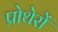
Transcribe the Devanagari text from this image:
प्रोथेरों